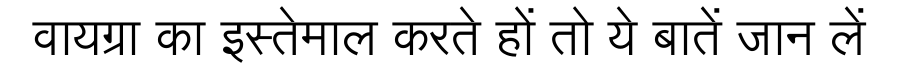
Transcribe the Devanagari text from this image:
वायग्रा का इस्तेमाल करते हों तो ये बातें जान लें